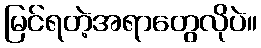
မြင်ရတဲ့အရာတွေလိုပဲ။